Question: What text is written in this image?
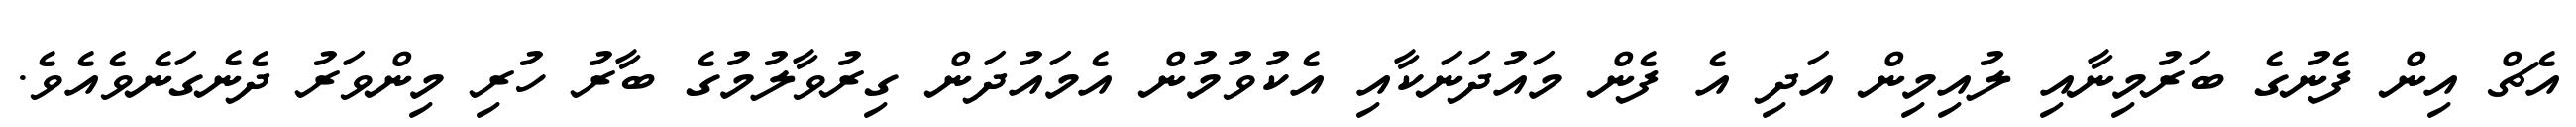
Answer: އެޗް އިން ފެނުގެ ބަރުމިނާއި ލުއިމިން އަދި އެ ފެން މައުދަނަކާއި އެކުވުމުން އެމައުދަން ގިރުވާލުމުގެ ބާރު ހުރި މިންވަރު ދެނެގަނެވެއެވެ.